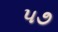
૫૭